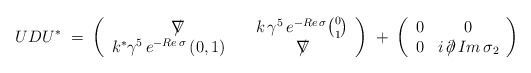
\begin{align*}UDU^*\;=\;\left( \begin{array}{cc}\nabla\!\!\!\!/ & k\,\gamma^5\,e^{-Re\,\sigma}{0 \choose 1} \\k^* \gamma^5\,e^{-Re\,\sigma}\,(0,1)\quad & \nabla\!\!\!\!/\end{array}\right)\; +\;\left( \begin{array}{cc}0 & 0 \\0 & i\,\partial\!\!\!/\, Im\,\sigma_2\end{array} \right)\end{align*}